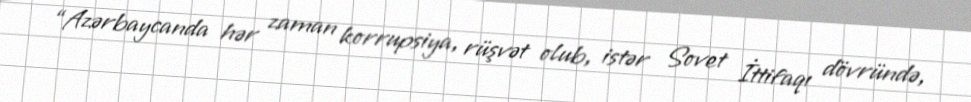
“Azərbaycanda hər zaman korrupsiya, rüşvət olub, istər Sovet İttifaqı dövründə,